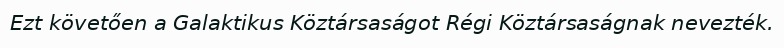
Ezt követően a Galaktikus Köztársaságot Régi Köztársaságnak nevezték.